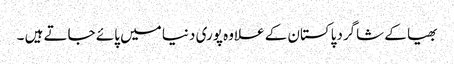
بھیا کے شاگردپاکستان کے علاوہ پوری دنیا میں پائے جاتے ہیں ۔